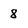
Character: 8